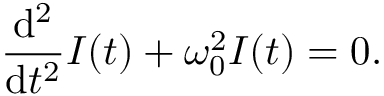
{ \frac { \mathrm { d } ^ { 2 } } { \mathrm { d } t ^ { 2 } } } I ( t ) + \omega _ { 0 } ^ { 2 } I ( t ) = 0 .